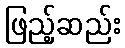
ဖြည့်ဆည်း